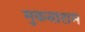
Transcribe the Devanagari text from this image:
मुकनाराम